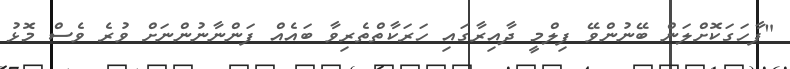
"ފާހަގަކޮށްލަން ބޭނުންވޭ ފިލްމީ ދާއިރާގައި ހަރަކާތްތެރިވާ ބައެއް ފަންނާނުންނަށް ވުރެ ވެސް މޮޅު